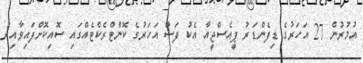
އުމުރުން 27 އަހަރުގެ ޑިފެންޑަރު ޕީއެސްޖީއާ އެކު ފަސް އަހަރުގެ ކޮންޓްރެކްޓެއްގައި ސޮއިކޮށްފައިވާއިރު